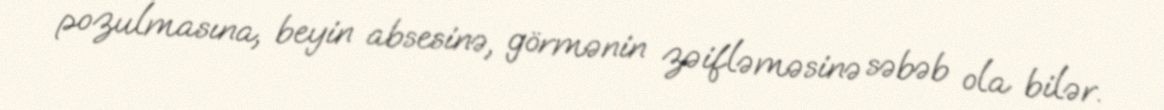
pozulmasına, beyin absesinə, görmənin zəifləməsinə səbəb ola bilər.